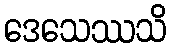
ဒေသေဿသိ